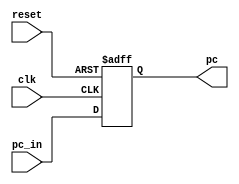
module pc(
input wire clk,reset,
input  [31:0] pc_in ,
output reg [31:0] pc
);

always @(posedge clk ,negedge reset )
    begin 
        if (!reset)
            begin 
                pc   <=32'h00000000;
            end
        else
            begin
                pc<=pc_in;

            end 
    end
endmodule